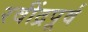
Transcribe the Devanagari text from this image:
रवींद्रपूर्व